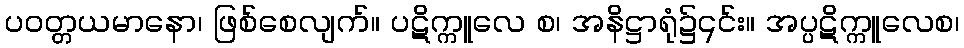
ပဝတ္တယမာနော၊ ဖြစ်စေလျက်။ ပဋိက္ကူလေ စ၊ အနိဋ္ဌာရုံ၌၎င်း။ အပ္ပဋိက္ကူလေစ၊